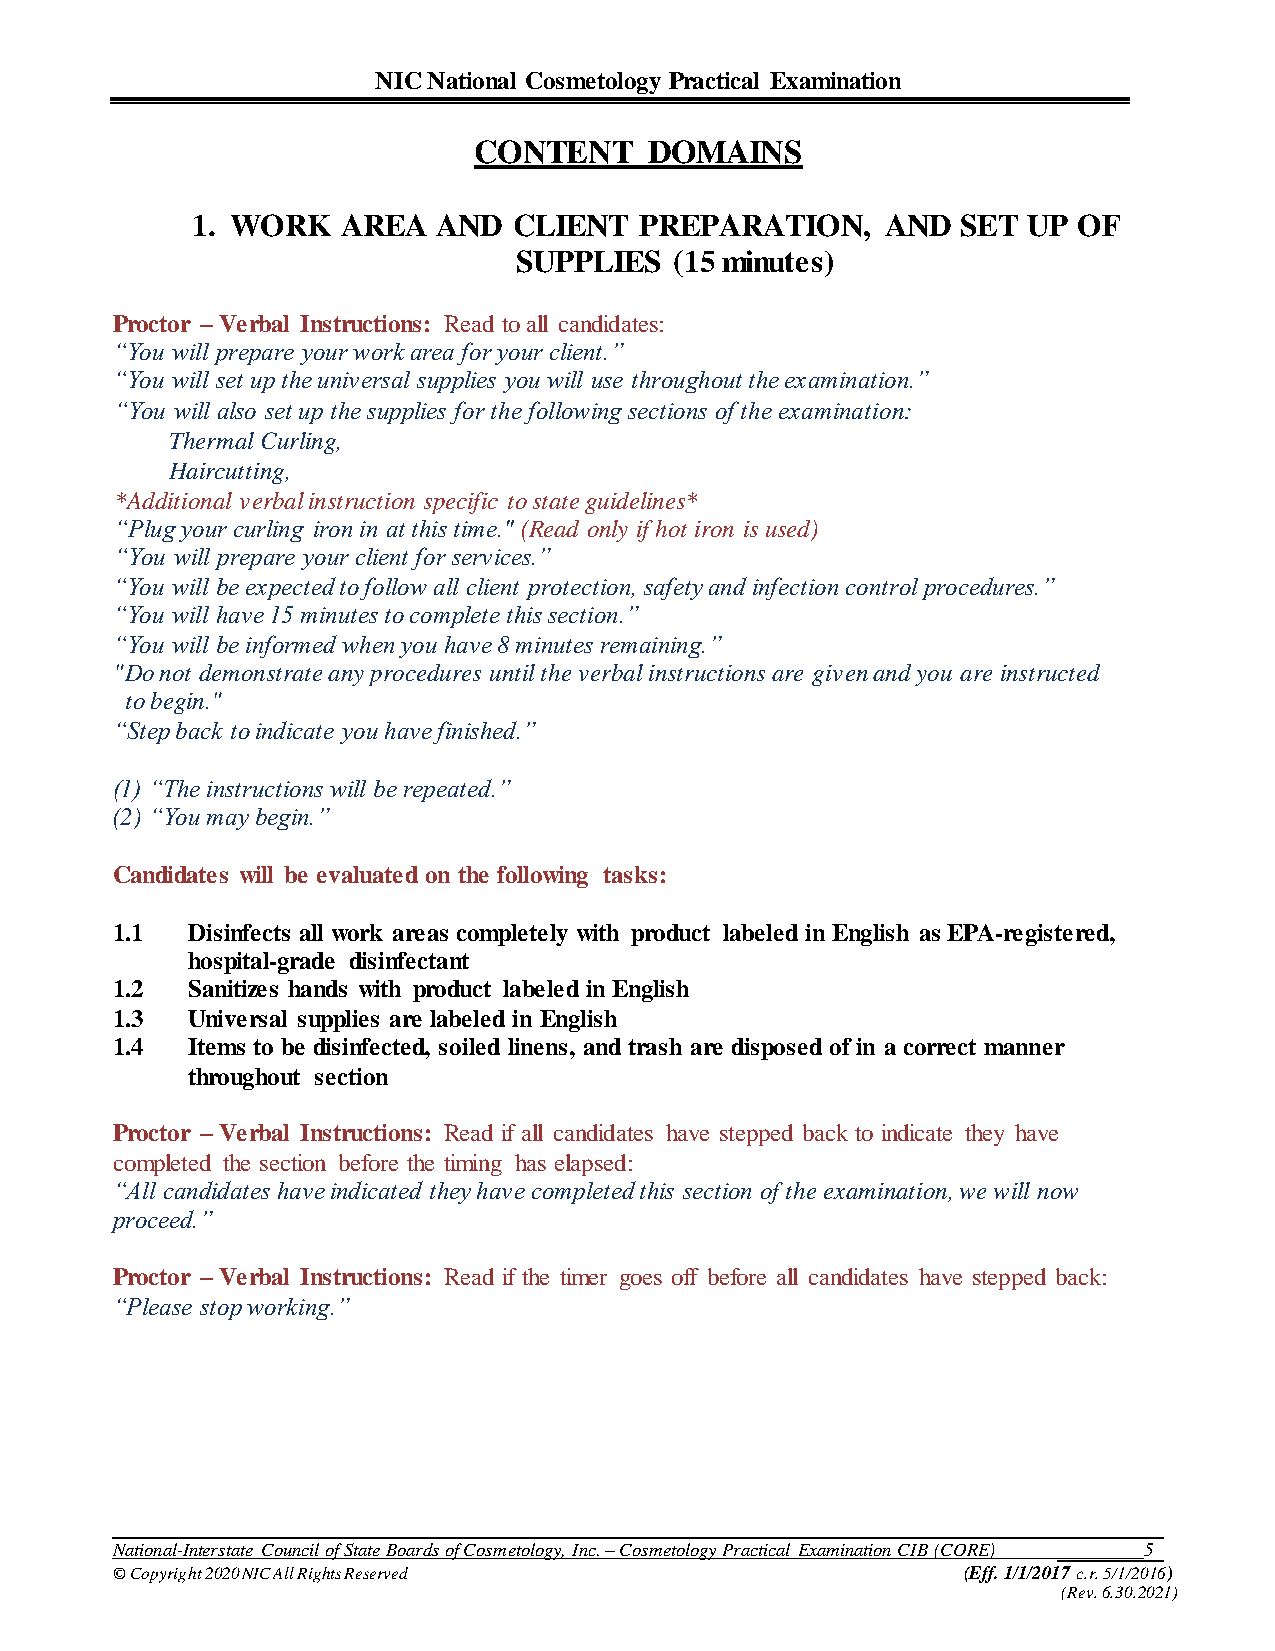
NIC National Cosmetology Practical Examination
 CONTENT     DOMAINS
 1. WORK   AREA  AND  CLIENT  PREPARATION,     AND  SET UP OF
 SUPPLIES   (15 minutes)
 Proctor – Verbal Instructions: Read to all candidates:
 “You will prepare your work area for your client.”
 “You will set up the universal supplies you will use throughout the examination.”
 “You will also set up the supplies for the following sections of the examination:
 Thermal Curling,
 Haircutting,
 *Additional verbal instruction specific to state guidelines*
 “Plug your curling iron in at this time." (Read only if hot iron is used)
 “You will prepare your client for services.”
 “ You will be expected to follow all client protection, safety and infection control procedures.”
 “You will have 15 minutes to complete this section.”
 “You will be informed when you have 8 minutes remaining.”
 "Do not demonstrate any procedures until the verbal instructions are given and you are instructed
 to begin."
 “Step back to indicate you have finished.”
 (1) “The instructions will be repeated.”
 (2) “You may begin.”
 Candidates will be evaluated on the following tasks:
 1.1  Disinfects all work areas completely with product labeled in English as EPA-registered,
 hospital-grade disinfectant
 1.2  Sanitizes hands with product labeled in English
 1.3  Universal supplies are labeled in English
 1.4  Items to be disinfected, soiled linens, and trash are disposed of in a correct manner
 throughout section
 Proctor – Verbal Instructions: Read if all candidates have stepped back to indicate they have
 completed the section before the timing has elapsed:
 “All candidates have indicated they have completed this section of the examination, we will now
 proceed.”
 Proctor – Verbal Instructions: Read if the timer goes off before all candidates have stepped back:
 “Please stop working.”
 National-Interstate Council of State Boards of Cosmetology, Inc. – Cosmetology Practical Examination CIB (CORE) 5
 © Copyright 2020 NIC All Rights Reserved                 (Eff. 1/1/2017 c.r. 5/1/2016)
 (Rev. 6.30.2021)